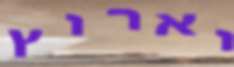
וארוץ